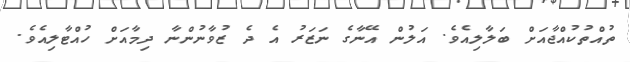
ތުއްތުކުއްޖާއަށް ބަލާލިއެވެ. އަލުން އޭނާގެ ނަޒަރު އެ ދެ ޒުވާނުންނާ ދިމާއަށް ހުއްޓާލިއެވެ.